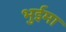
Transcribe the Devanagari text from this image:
भुईमा